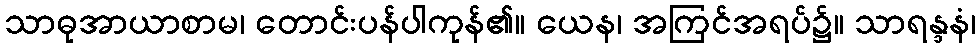
သာဓုအာယာစာမ၊ တောင်းပန်ပါကုန်၏။ ယေန၊ အကြင်အရပ်၌။ သာရန္ဒနံ၊